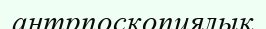
антрпоскопиялық